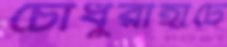
চৌধুরীহাটে